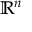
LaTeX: { \mathbb { R } } ^ { n }